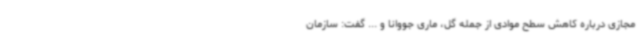
مجازی درباره کاهش سطح موادی از جمله گل، ماری جووانا و ... گفت: سازمان